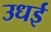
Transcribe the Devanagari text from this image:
उधई